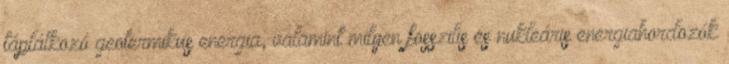
táplálkozó geotermikus energia, valamint milyen fosszilis és nukleáris energiahordozók